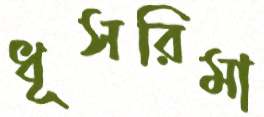
ধূসরিমা